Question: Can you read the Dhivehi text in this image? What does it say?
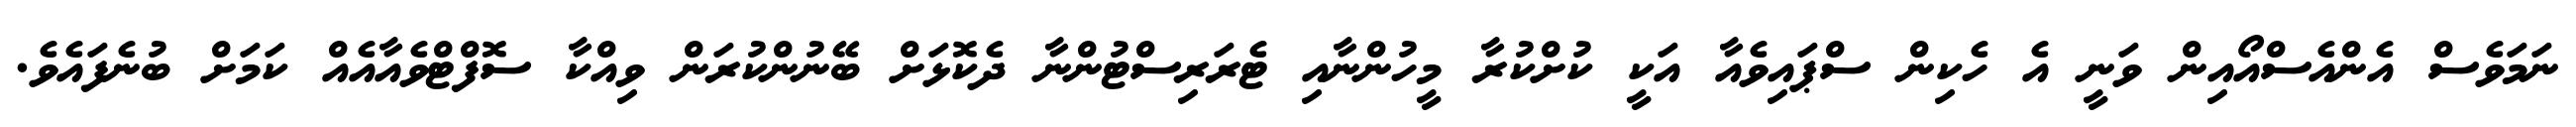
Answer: ނަމަވެސް އެންއެސްއޯއިން ވަނީ އެ ހެކިން ސްޕައިވެއާ އަކީ ކުށްކުރާ މީހުންނާއި ޓެރަރިސްޓުންނާ ދެކޮޅަށް ބޭނުންކުރަން ވިއްކާ ސޮފްޓްވެއާއެއް ކަމަށް ބުނެފައެވެ.